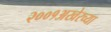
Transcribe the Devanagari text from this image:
२००१अखेरच्या